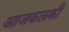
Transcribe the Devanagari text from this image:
आजकलकी